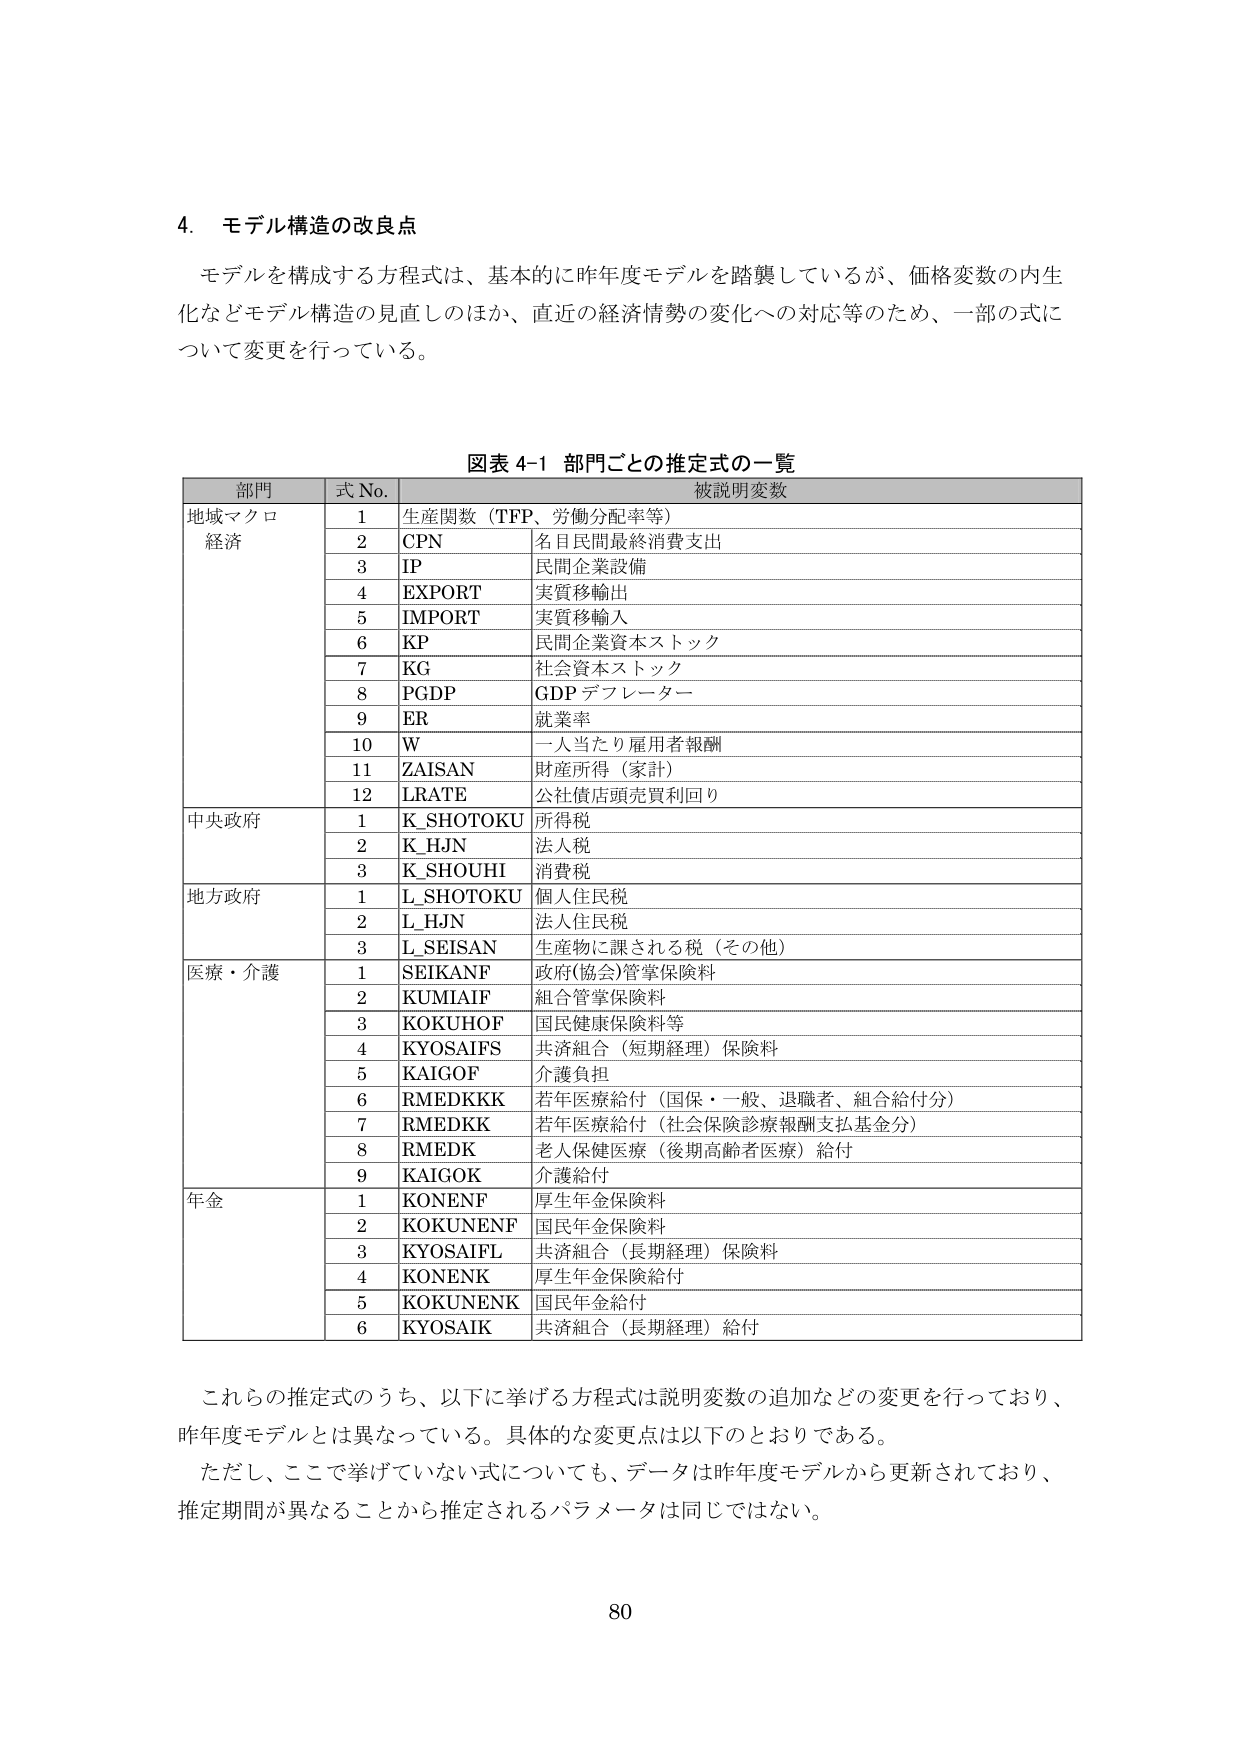
4. モデル構造の改良点

モデルを構成する方程式は、基本的に昨年度モデルを踏襲しているが、価格変数の内生化などモデル構造の見直しのほか、直近の経済情勢の変化への対応等のため、一部の式について変更を行っている。

図表 4-1 部門ごとの推定式の一覧

部門 式 No. 被説明変数

地域マクロ経済
1 生産関数（TFP、労働分配率等）
2 CPN 名目民間最終消費支出
3 IP 民間企業設備
4 EXPORT 実質移輸出
5 IMPORT 実質移輸入
6 KP 民間企業資本ストック
7 KG 社会資本ストック
8 PGDP GDP デフレーター
9 ER 就業率
10 W 一人当たり雇用者報酬
11 ZAISAN 財産所得（家計）
12 LRATE 公社債店頭売買利回り

中央政府
1 K_SHOTOKU 所得税
2 K_HJN 法人税
3 K_SHOUHI 消費税

地方政府
1 L_SHOTOKU 個人住民税
2 L_HJN 法人住民税
3 L_SEISAN 生産物に課される税（その他）

医療・介護
1 SEIKANF 政府(協会)管掌保険料
2 KUMIAIF 組合管掌保険料
3 KOKUHOF 国民健康保険料等
4 KYOSAIFS 共済組合（短期経理）保険料
5 KAIGOF 介護負担
6 RMEDKKK 若年医療給付（国保・一般、退職者、組合給付分）
7 RMEDKK 若年医療給付（社会保険診療報酬支払基金分）
8 RMEDK 老人保健医療（後期高齢者医療）給付
9 KAIGOK 介護給付

年金
1 KONENF 厚生年金保険料
2 KOKUNENF 国民年金保険料
3 KYOSAIFL 共済組合（長期経理）保険料
4 KONENK 厚生年金保険給付
5 KOKUNENK 国民年金給付
6 KYOSAIK 共済組合（長期経理）給付

これらの推定式のうち、以下に挙げる方程式は説明変数の追加などの変更を行っており、昨年度モデルとは異なっている。具体的な変更点は以下のとおりである。

ただし、ここで挙げていない式についても、データは昨年度モデルから更新されており、推定期間が異なることから推定されるパラメータは同じではない。

80